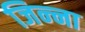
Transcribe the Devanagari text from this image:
जिन्‍ना